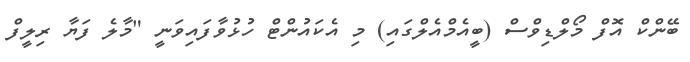
ބޭންކް އޮފް މޯލްޑިވްސް (ބީއެމްއެލްގައި) މި އެކައުންޓް ހުޅުވާފައިވަނީ "މާލެ ފަޔާ ރިލީފް